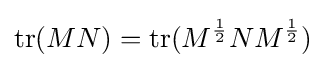
\operatorname {tr} (MN)=\operatorname {tr} (M^{\frac {1}{2}}NM^{\frac {1}{2}})